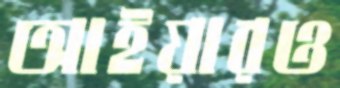
আইয়ারও